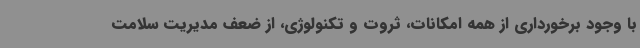
با وجود برخورداری از همه امکانات، ثروت و تکنولوژی، از ضعف مدیریت سلامت